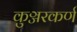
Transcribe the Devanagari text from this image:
कुञ्जरकर्ण